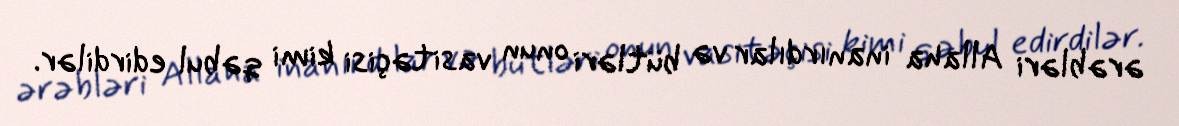
ərəbləri Allaha inanırdılar və bütləri onun vasitəçisi kimi qəbul edirdilər.